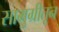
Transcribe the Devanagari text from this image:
सामुग्रीतून